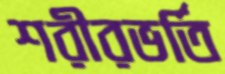
শরীরভর্তি